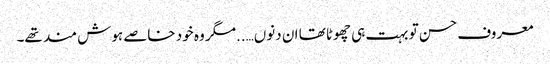
معروف حسن تو بہت ہی چھوٹا تھا ان دنوں…..مگر وہ خود خاصے ہوش مند تھے۔